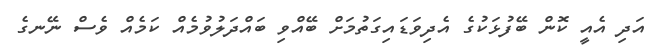
އަދި އެއީ ކޮން ބޭފުޅަކުގެ އެދިވަޑައިގަތުމަށް ބޭއްވި ބައްދަލުވުމެއް ކަމެއް ވެސް ނޭނގެ